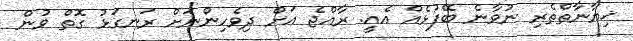
ޚިޔާނާތްތެރި ނުވާނެ ބޭފުޅެއް އެއީ. ރާއްޖެ އަށް ދިވެހިންނަށް ރަނގަޅު ގޮތް ވުން